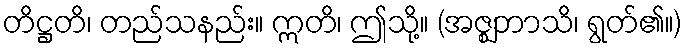
တိဋ္ဌတိ၊ တည်သနည်း။ ဣတိ၊ ဤသို့။ (အဇ္ဈဘာသိ၊ ရွတ်၏။)